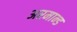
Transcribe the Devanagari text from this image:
अरमान्ड